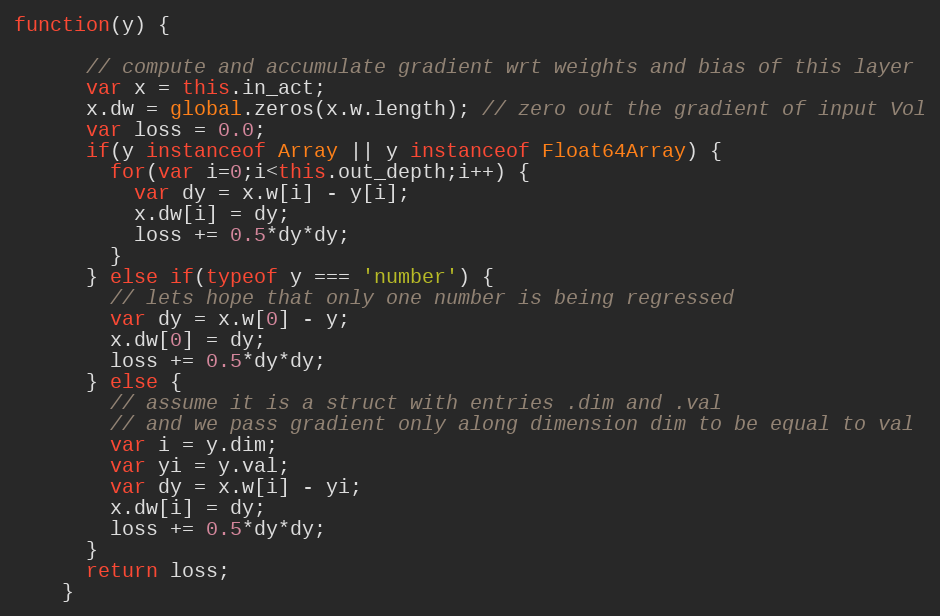
Language: JavaScript
function(y) {

      // compute and accumulate gradient wrt weights and bias of this layer
      var x = this.in_act;
      x.dw = global.zeros(x.w.length); // zero out the gradient of input Vol
      var loss = 0.0;
      if(y instanceof Array || y instanceof Float64Array) {
        for(var i=0;i<this.out_depth;i++) {
          var dy = x.w[i] - y[i];
          x.dw[i] = dy;
          loss += 0.5*dy*dy;
        }
      } else if(typeof y === 'number') {
        // lets hope that only one number is being regressed
        var dy = x.w[0] - y;
        x.dw[0] = dy;
        loss += 0.5*dy*dy;
      } else {
        // assume it is a struct with entries .dim and .val
        // and we pass gradient only along dimension dim to be equal to val
        var i = y.dim;
        var yi = y.val;
        var dy = x.w[i] - yi;
        x.dw[i] = dy;
        loss += 0.5*dy*dy;
      }
      return loss;
    }